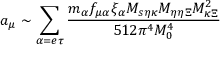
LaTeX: a _ { \mu } \sim \sum _ { \alpha = e \tau } \frac { m _ { \alpha } f _ { \mu \alpha } \xi _ { \alpha } M _ { s \eta \kappa } M _ { \eta \eta \Xi } M _ { \kappa \Xi } ^ { 2 } } { 5 1 2 \pi ^ { 4 } M _ { 0 } ^ { 4 } }